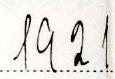
1921